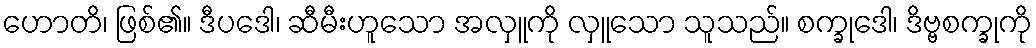
ဟောတိ၊ ဖြစ်၏။ ဒီပဒေါ၊ ဆီမီးဟူသော အလှူကို လှူသော သူသည်။ စက္ခုဒေါ၊ ဒိဗ္ဗစက္ခုကို